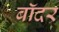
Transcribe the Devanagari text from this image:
बॉदर